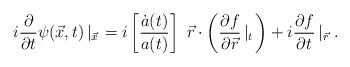
\begin{align*}i \frac{\partial}{\partial t} \psi ( \vec x, t) \left|_{\vec x} \right.= i \left[ \frac{\dot a (t)}{a (t)} \right] \ \vec r \cdot \left( \frac{\partial f}{\partial \vec r} \left|_t \right. \right)+ i \frac{\partial f}{\partial t} \left|_{\vec r} \right. .\end{align*}